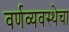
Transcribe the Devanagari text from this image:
वर्णव्यवस्थेचा